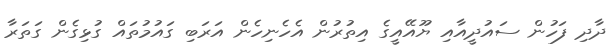
ދާދި ފަހުން ސައުދީއާއި ޔޫއޭއީގެ އިތުރުން އެހެނިހެން އަރަބި ގައުމުތައް ގުޅިގެން ގަތަރާ